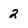
Character: 2